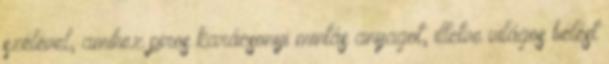
szélével, amihez piros karácsonyi mintás anyagot, illetve világos bélést